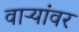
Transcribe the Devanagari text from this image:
वाऱ्यांवर